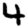
Digit: 4